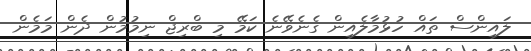
ލައިންސް ތައް ހުޅުމާލެއިން ގެނެވޭނެ ކަމޭ މި ބްރިޖް ނިމުމުން ދެން މަމެން